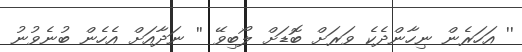
'' އަހަރެން ނިހާންދެކެ ވަރަށް ބޮޑަށް ލޯބިވޭ '' ނަދާއަށް އެހެން ބުނެވުނު